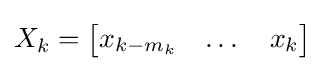
X_{k}={\begin{bmatrix}x_{k-m_{k}}&\dots &x_{k}\end{bmatrix}}